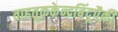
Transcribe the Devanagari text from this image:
वाहतूककेन्द्रबिंदूपैकी